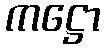
ကဋ္ဌော